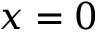
x = 0